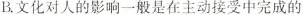
B.文化对人的影响一般是在主动接受中完成的